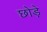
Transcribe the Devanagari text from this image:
छोड़े़